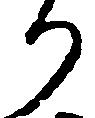
り